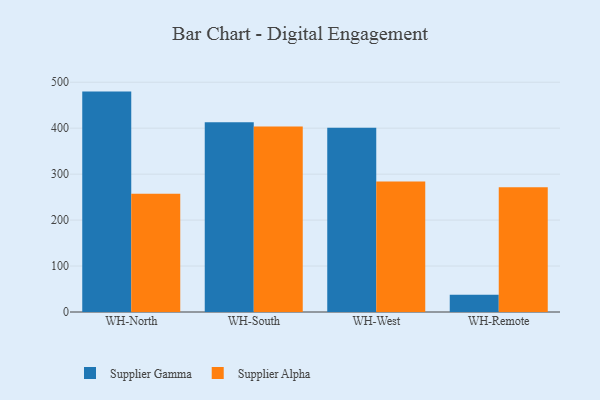
{"axis": {"x": "Warehouse", "y": "Budget (USD K)"}, "legend": ["Supplier Alpha", "Supplier Gamma"], "data": [{"x": "WH-North", "y": 479.6, "type": "Supplier Gamma"}, {"x": "WH-North", "y": 257.2, "type": "Supplier Alpha"}, {"x": "WH-South", "y": 413.0, "type": "Supplier Gamma"}, {"x": "WH-South", "y": 403.7, "type": "Supplier Alpha"}, {"x": "WH-West", "y": 400.8, "type": "Supplier Gamma"}, {"x": "WH-West", "y": 284.0, "type": "Supplier Alpha"}, {"x": "WH-Remote", "y": 37.5, "type": "Supplier Gamma"}, {"x": "WH-Remote", "y": 271.3, "type": "Supplier Alpha"}]}